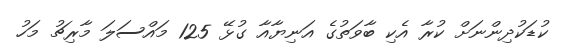
ކުޑަކުދިންނަށް ކުރާ އެކި ބާވަތުގެ އަނިޔާއާ ގުޅޭ 125 މައްސަލަ މާރިޗު މަހު